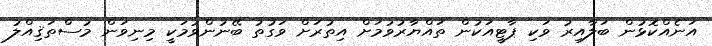
އަނެއްކޮޅުން ބަލާއިރު ވަކި ޕާޓީއަކުން ތައްޔާރުވުމަށް އިތުރަށް ވަގުތު ބޭނުންވުމަކީ މިނިވަން މުސްތަޤިއްލު